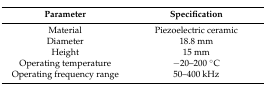
| Parameter | Specification |
 | --- | --- |
 | Material | Piezoelectric ceramic |
 | Diameter | 18.8 mm |
 | Height | 15 mm |
 | Operating temperature | −20–200 °C |
 | Operating frequency range | 50–400 kHz |